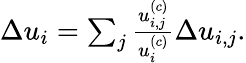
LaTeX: \begin{array}{r}{\Delta u_{i}=\sum_{j}\frac{u_{i,j}^{(c)}}{u_{i}^{(c)}}\Delta u_{i,j}.}\end{array}